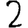
Digit: 2